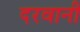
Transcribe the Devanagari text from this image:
दरवानी